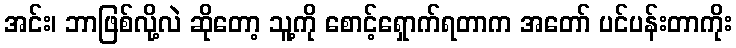
အင်း၊ ဘာဖြစ်လို့လဲ ဆိုတော့ သူ့ကို စောင့်ရှောက်ရတာက အတော် ပင်ပန်းတာကိုး